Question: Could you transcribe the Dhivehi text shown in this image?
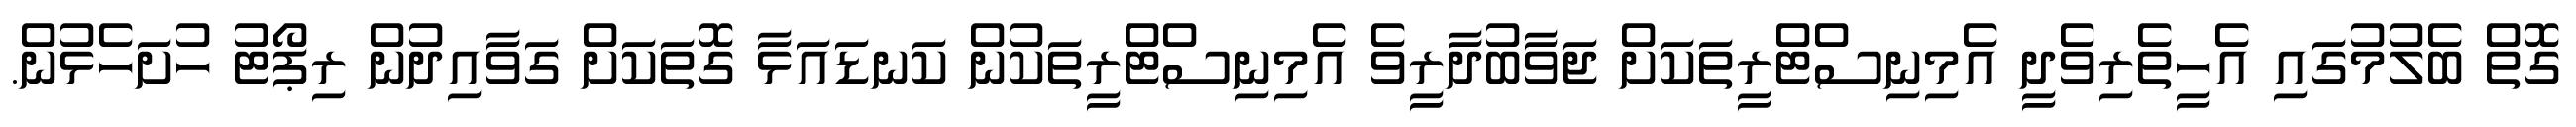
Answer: ގޮތް ބެލުމުގައި އެހީތެރިވެދީ އެމިނިސްޓްރީތަކަށް ޖަވާބުދާރީވެ އެމިނިސްޓްރީތަކުން ކަނޑައަޅާ ގޮތަކަށް ގަވާއިދުން ރިޕޯޓު ހުށަހެޅުން.